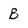
Character: B